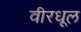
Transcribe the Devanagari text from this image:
वीरधूल